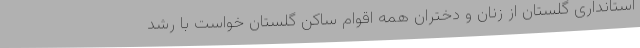
استانداری گلستان از زنان و دختران همه اقوام ساکن گلستان خواست با رشد